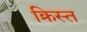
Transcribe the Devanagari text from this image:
क्रिस्त